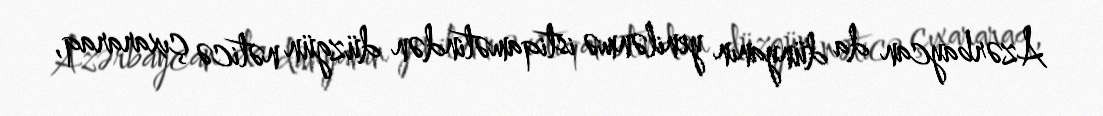
Azərbaycan da dünyanın yenilənmə istiqamətindən düzgün nəticə çıxararaq,